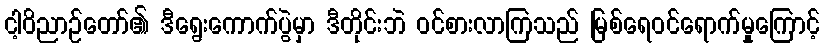
ငါ့ဝိညာဉ်တော်၏ ဒီရွေးကောက်ပွဲမှာ ဒီတိုင်းဘဲ ဝင်စားလာကြသည် မြစ်ရေဝင်ရောက်မှုကြောင့်